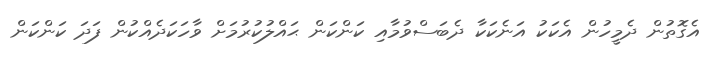
އެގޮތުން ދެމީހުން އެކަކު އަނެކަކާ ދެބަސްވުމާއި ކަންކަން ޙައްލުކުރުމަށް ވާހަކަދެއްކުން ފަދަ ކަންކަން